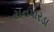
રાનપારડા